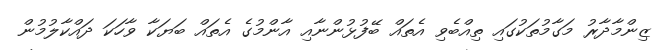
ޒިންމާދާރު މަގާމުތަކުގައި ތިއްބެވި އެތައް ބޭފުޅުންނާއި އާންމުގެ އެތައް ބަޔަކާ ވާހަކަ ދައްކާލުމުން